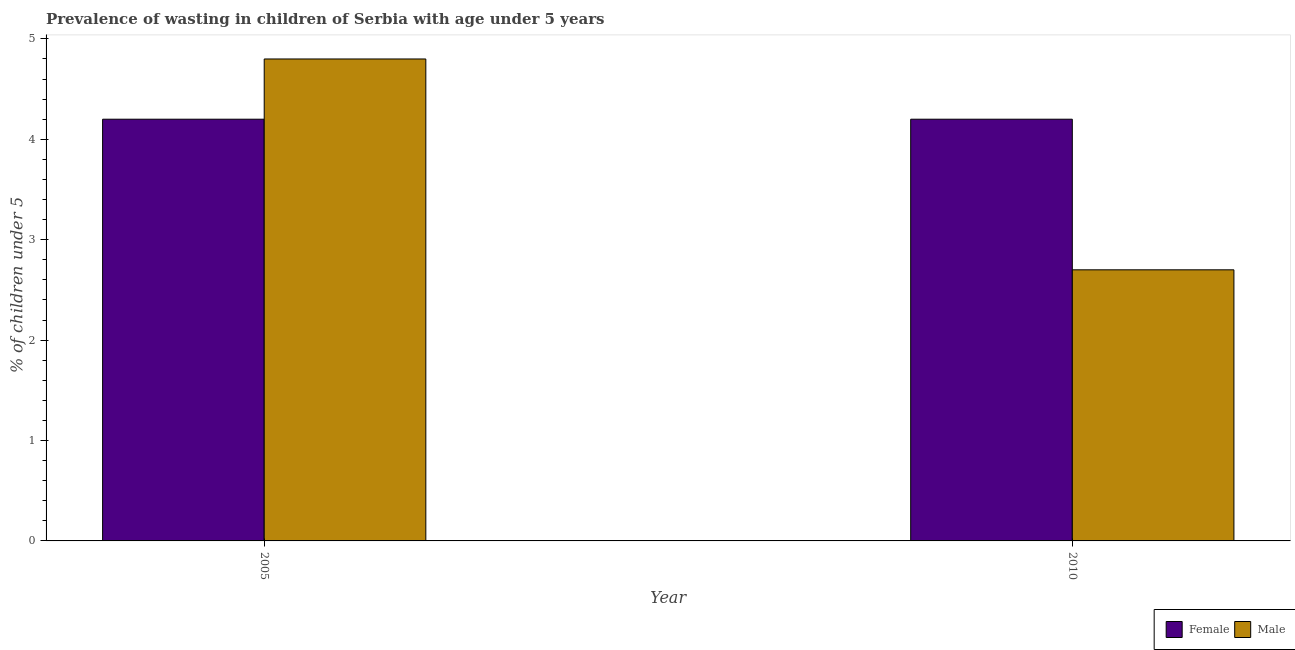
| Year | Female | Male |
 | --- | --- | --- |
 | 2005 | 4.2 | 4.8 |
 | 2010 | 4.2 | 2.7 |